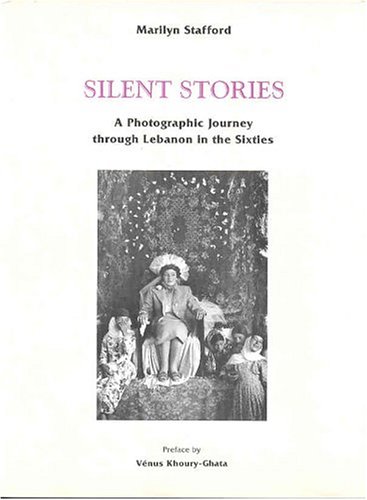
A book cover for Silent Stories: A Photographic Journey Through Lebanon; Travel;